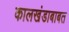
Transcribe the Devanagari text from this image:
कालखंडाबाबत